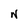
Character: N